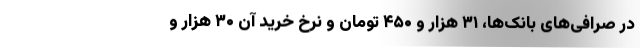
در صرافی‌های بانک‌ها، ۳۱ هزار و ۴۵۰ تومان و نرخ خرید آن ۳۰ هزار و